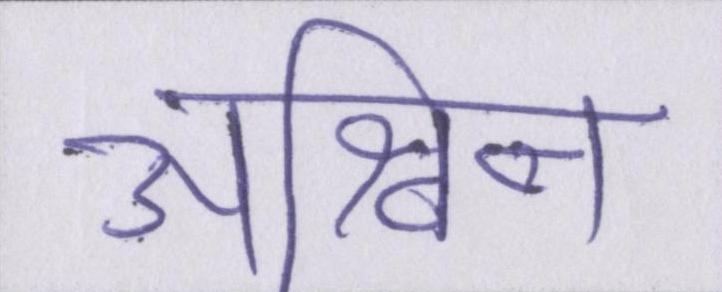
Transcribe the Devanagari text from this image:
अश्विन